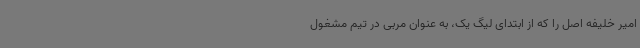
امیر خلیفه اصل را که از ابتدای لیگ یک، به عنوان مربی در تیم مشغول